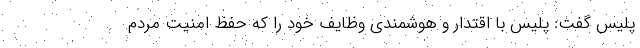
پلیس گفت: پلیس با اقتدار و هوشمندی وظایف خود را که حفظ امنیت مردم